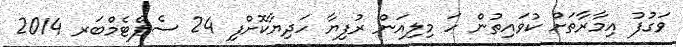
ވަގުފު އިމާރާތަށް ކުވައިތުން ހަ މިލިއަން ރުފިޔާ ހަދިޔާކޮށްފި 24 ސެޕްޓެމްބަރ 2014